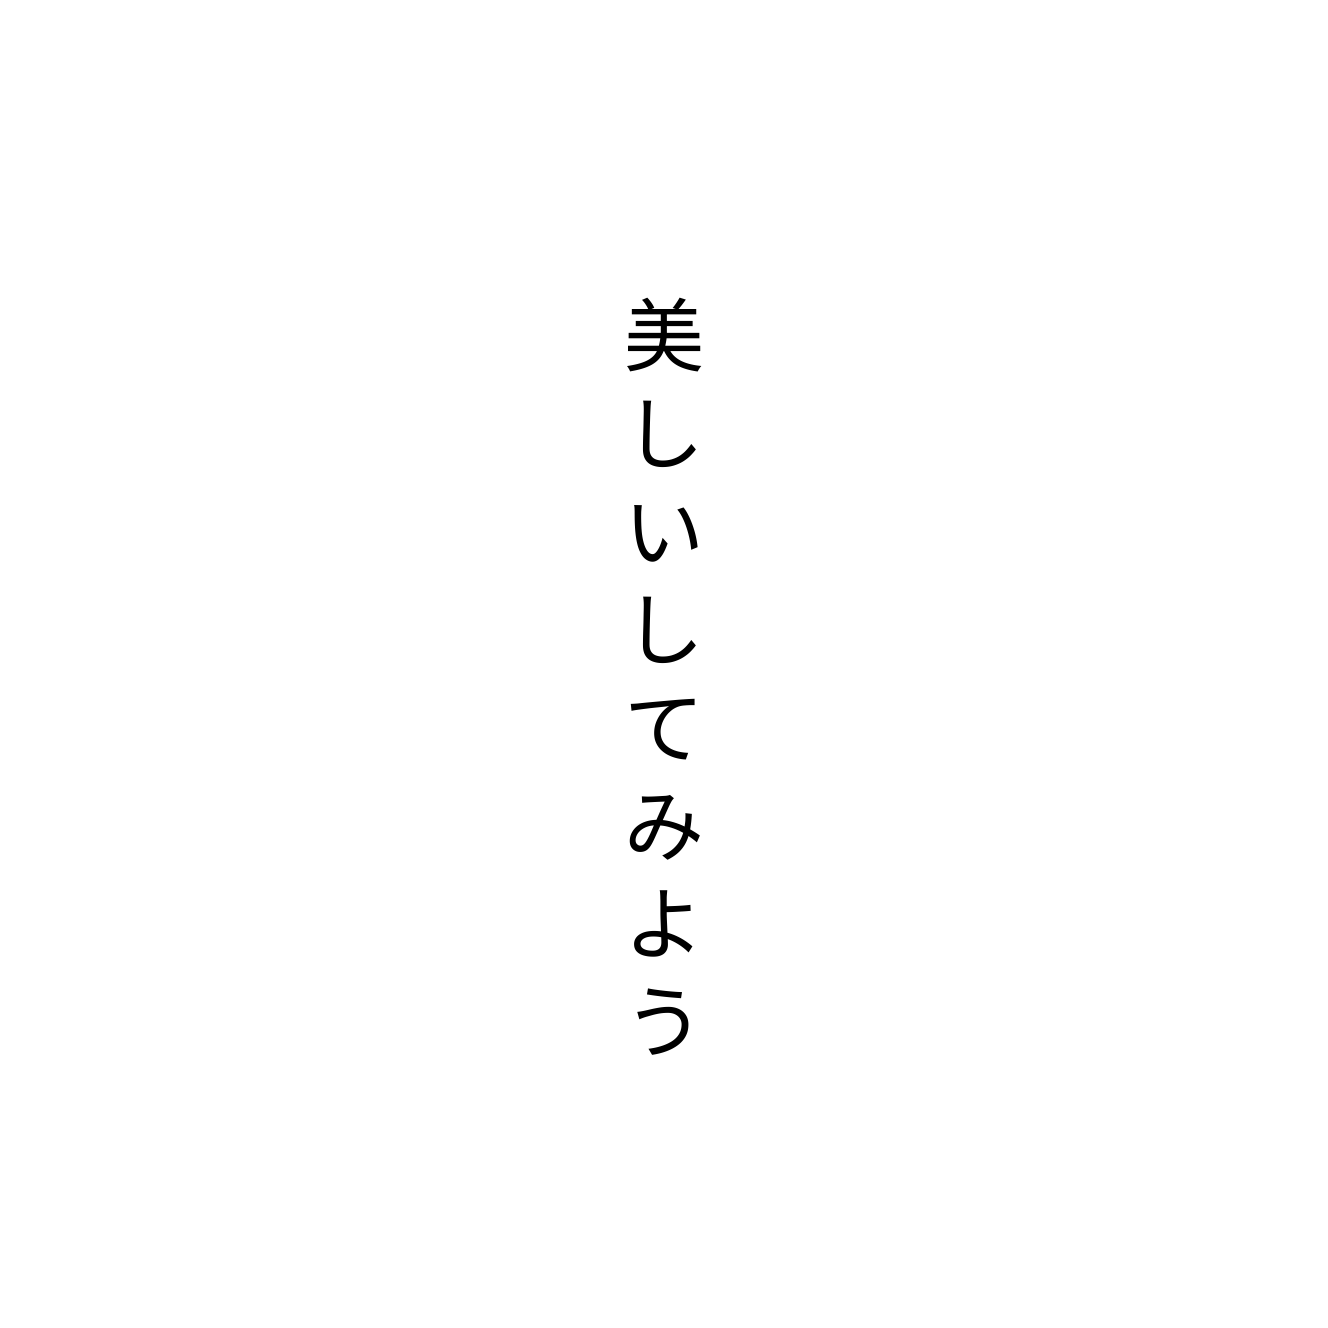
美しいしてみよう